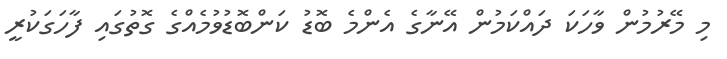
މި މޭރުމުން ވާހަކަ ދައްކަމުން އޭނާގެ އެންމެ ބޮޑު ކަންބޮޑުވުމެއްގެ ގޮތުގައި ފާހަގަކުރީ